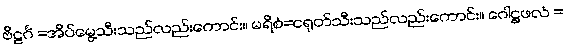
ဗိဠင်္ဂံ =အိပ်မွေ့သီးသည်လည်းကောင်း။ မရိစံ=ငရုတ်သီးသည်လည်းကောင်း။ ဂေါဋ္ဌဖလံ =